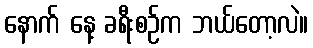
နောက် နေ့ ခရီးစဉ်က ဘယ်တော့လဲ။